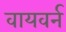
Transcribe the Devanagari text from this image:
वायवर्न